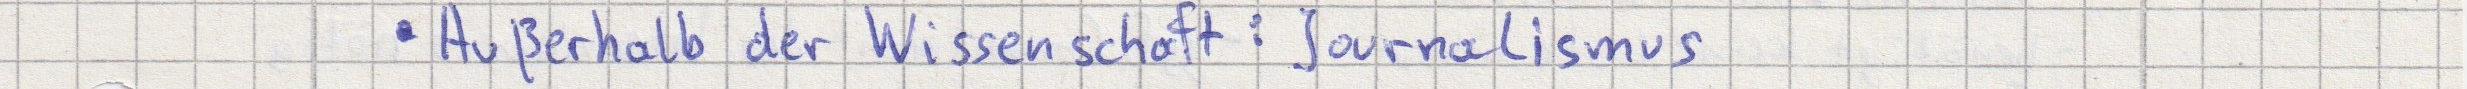
Außerhalb der Wissenschaft: Journalismus